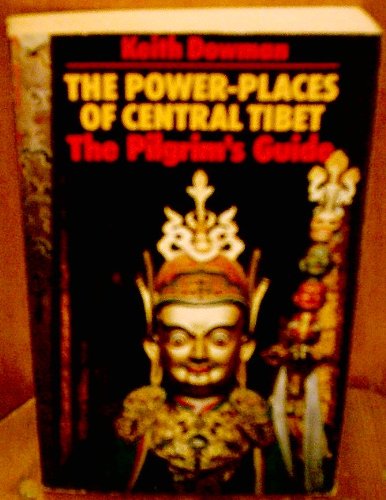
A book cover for Power-places of Central Tibet; Keith Dowman; Travel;